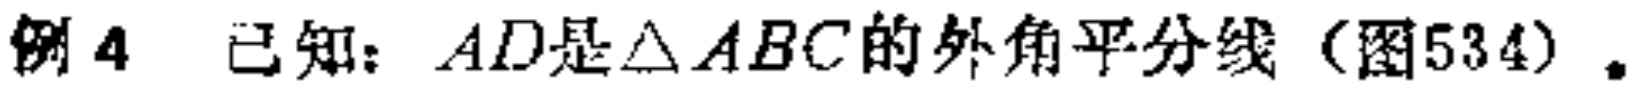
例 4 已知：$AD是\triangle ABC的外角平分线（图534）。$